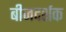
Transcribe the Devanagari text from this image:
बीजदर्शक